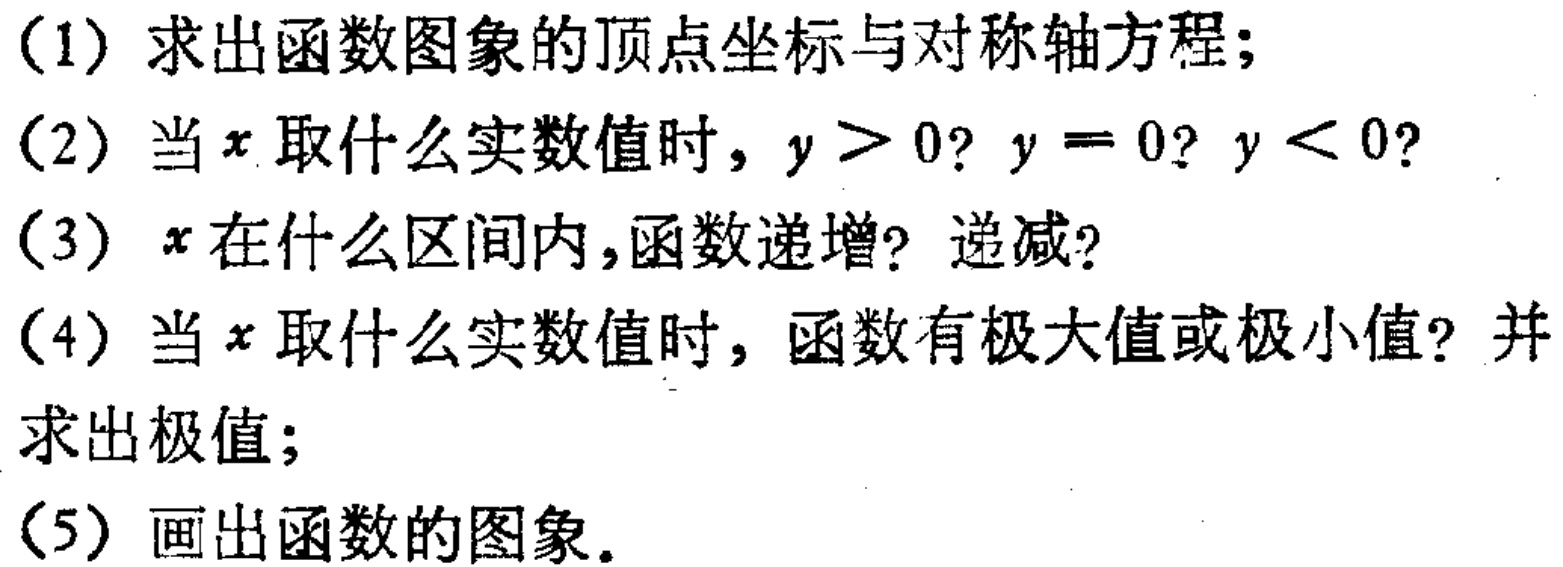
(1) 求出函数图象的顶点坐标与对称轴方程；

(2) 当\(x\)取什么实数值时，\(y > 0\)? \(y = 0\)? \(y < 0\)?

(3) \(x\)在什么区间内，函数递增? 递减?

(4) 当\(x\)取什么实数值时，函数有极大值或极小值? 并求出极值；

(5) 画出函数的图象.